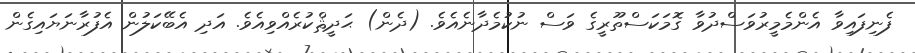
ފެނިފައިވާ އެންމެމީރުވަސްދުވާ ގޮމަކަސްތޫރީގެ ވަސް ނުކުމެދާނެއެވެ. (ދެން) ޙަދީޘްކުރެއްވިއެވެ. އަދި އެބޭކަލުން އެފުރާނަޔައިގެން